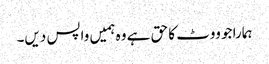
ہمارا جو ووٹ کا حق ہے وہ ہمیں واپس دیں۔